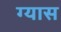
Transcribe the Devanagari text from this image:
ग्यास